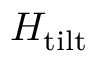
H _ { \mathrm { { t i l t } } }